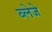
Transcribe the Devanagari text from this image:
ब्लेजे